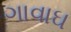
ગાવાઘ